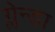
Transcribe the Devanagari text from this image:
ग्लेन्डा